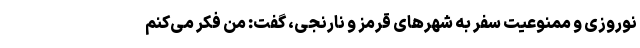
نوروزی و ممنوعیت سفر به شهرهای قرمز و نارنجی، گفت: من فکر می‌کنم